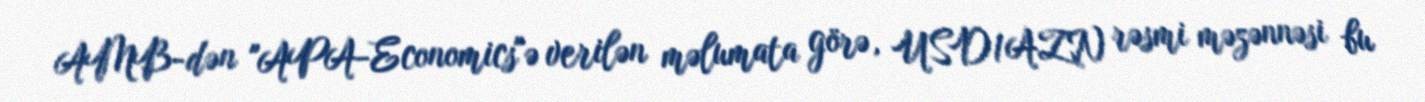
AMB-dən "APA-Economics"ə verilən məlumata görə, USD/AZN rəsmi məzənnəsi bu